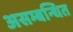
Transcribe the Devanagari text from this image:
असम्बन्धित